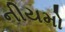
નીયમો